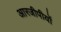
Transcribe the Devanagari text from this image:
आरजीपीयों